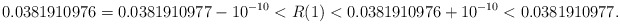
\begin{align*}0.0381910976 = 0.0381910977 - 10^{-10} < R(1) < 0.0381910976 + 10^{-10} < 0.0381910977 . \end{align*}